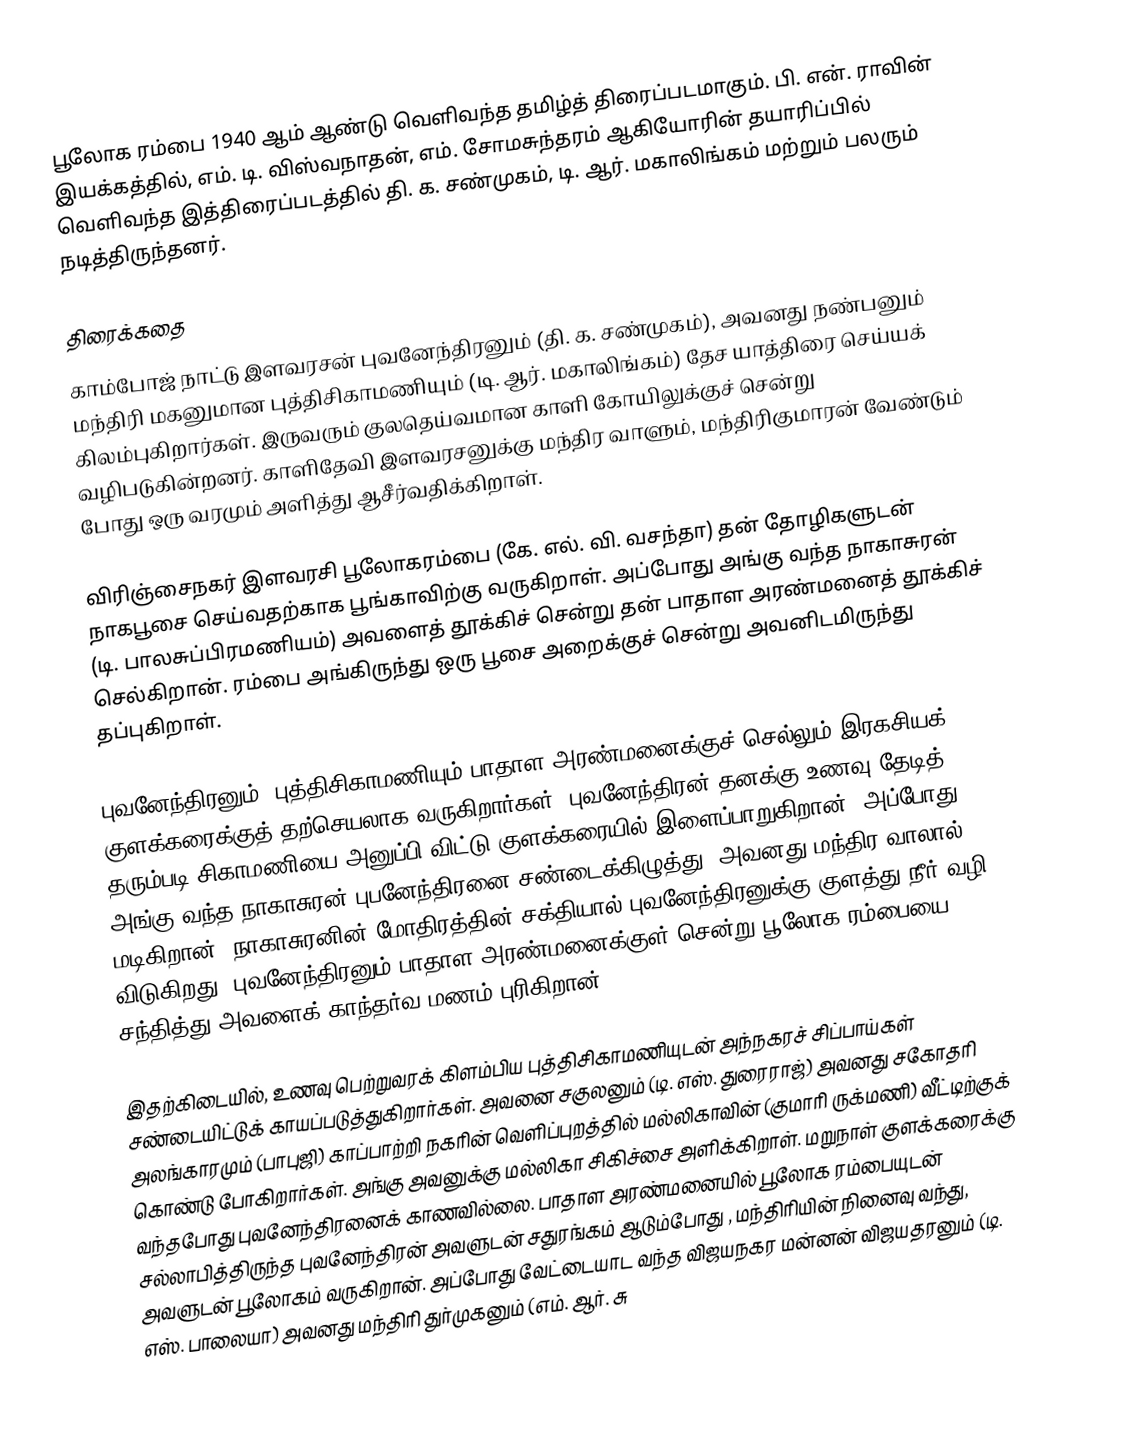
பூலோக ரம்பை 1940 ஆம் ஆண்டு வெளிவந்த தமிழ்த் திரைப்படமாகும். பி. என். ராவின் இயக்கத்தில், எம். டி. விஸ்வநாதன், எம். சோமசுந்தரம் ஆகியோரின் தயாரிப்பில் வெளிவந்த இத்திரைப்படத்தில் தி. க. சண்முகம், டி. ஆர். மகாலிங்கம் மற்றும் பலரும் நடித்திருந்தனர்.

திரைக்கதை
காம்போஜ் நாட்டு இளவரசன் புவனேந்திரனும் (தி. க. சண்முகம்), அவனது நண்பனும் மந்திரி மகனுமான புத்திசிகாமணியும் (டி. ஆர். மகாலிங்கம்) தேச யாத்திரை செய்யக் கிலம்புகிறார்கள். இருவரும் குலதெய்வமான காளி கோயிலுக்குச் சென்று வழிபடுகின்றனர். காளிதேவி இளவரசனுக்கு மந்திர வாளும், மந்திரிகுமாரன் வேண்டும் போது ஒரு வரமும் அளித்து ஆசீர்வதிக்கிறாள்.

விரிஞ்சைநகர் இளவரசி பூலோகரம்பை (கே. எல். வி. வசந்தா) தன் தோழிகளுடன் நாகபூசை செய்வதற்காக பூங்காவிற்கு வருகிறாள். அப்போது அங்கு வந்த நாகாசுரன் (டி. பாலசுப்பிரமணியம்) அவளைத் தூக்கிச் சென்று தன் பாதாள அரண்மனைத் தூக்கிச் செல்கிறான். ரம்பை அங்கிருந்து ஒரு பூசை அறைக்குச் சென்று அவனிடமிருந்து தப்புகிறாள்.

புவனேந்திரனும், புத்திசிகாமணியும் பாதாள அரண்மனைக்குச் செல்லும் இரகசியக் குளக்கரைக்குத் தற்செயலாக வருகிறார்கள். புவனேந்திரன் தனக்கு உணவு தேடித் தரும்படி சிகாமணியை அனுப்பி விட்டு குளக்கரையில் இளைப்பாறுகிறான். அப்போது அங்கு வந்த நாகாசுரன் புபனேந்திரனை சண்டைக்கிழுத்து, அவனது மந்திர வாலால் மடிகிறான். நாகாசுரனின் மோதிரத்தின் சக்தியால் புவனேந்திரனுக்கு குளத்து நீர் வழி விடுகிறது. புவனேந்திரனும் பாதாள அரண்மனைக்குள் சென்று பூலோக ரம்பையை சந்தித்து அவளைக் காந்தர்வ மணம் புரிகிறான்.

இதற்கிடையில், உணவு பெற்றுவரக் கிளம்பிய புத்திசிகாமணியுடன் அந்நகரச் சிப்பாய்கள் சண்டையிட்டுக் காயப்படுத்துகிறார்கள். அவனை சகுலனும் (டி. எஸ். துரைராஜ்) அவனது சகோதரி அலங்காரமும் (பாபுஜி) காப்பாற்றி நகரின் வெளிப்புறத்தில் மல்லிகாவின் (குமாரி ருக்மணி) வீட்டிற்குக் கொண்டு போகிறார்கள். அங்கு அவனுக்கு மல்லிகா சிகிச்சை அளிக்கிறாள். மறுநாள் குளக்கரைக்கு வந்தபோது புவனேந்திரனைக் காணவில்லை. பாதாள அரண்மனையில் பூலோக ரம்பையுடன் சல்லாபித்திருந்த புவனேந்திரன் அவளுடன் சதுரங்கம் ஆடும்போது , மந்திரியின் நினைவு வந்து, அவளுடன் பூலோகம் வருகிறான். அப்போது வேட்டையாட வந்த விஜயநகர மன்னன் விஜயதரனும் (டி. எஸ். பாலையா) அவனது மந்திரி துர்முகனும் (எம். ஆர். சு